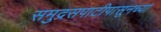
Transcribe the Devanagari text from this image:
समुद्रसपाटीपासूनच्या